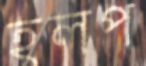
হলপ